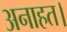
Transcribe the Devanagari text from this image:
अनाहत।